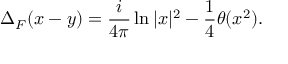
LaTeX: \Delta _ { F } ( x - y ) = \frac { i } { 4 \pi } \ln | x | ^ { 2 } - \frac { 1 } { 4 } \theta ( x ^ { 2 } ) .